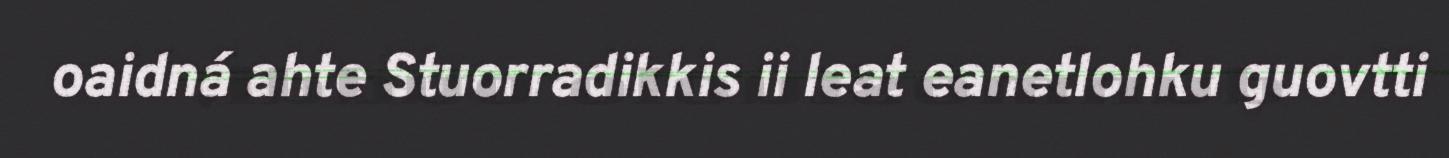
oaidná ahte Stuorradikkis ii leat eanetlohku guovtti